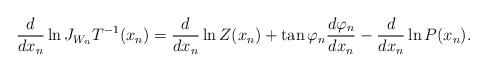
LaTeX: \begin{align*}\frac{d}{dx_n}\ln J_{W_{n}}T^{-1}(x_n)&=\frac{d}{dx_n}\ln Z(x_n)+\tan\varphi_n \frac{d\varphi_n }{dx_n}-\frac{d}{dx_n}\ln P(x_n).\end{align*}